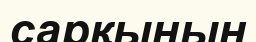
сарқынын